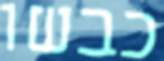
כבשו